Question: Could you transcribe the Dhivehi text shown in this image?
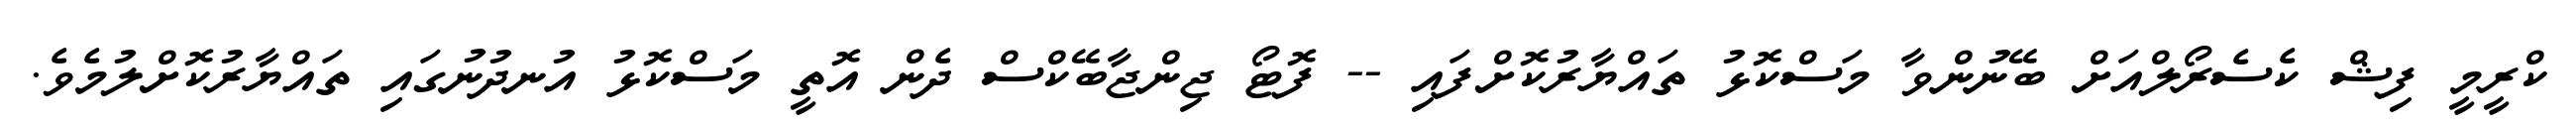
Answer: ކްރީމީ ފިޝް ކެސެރޯލްއަށް ބޭނުންވާ މަސްކޮޅު ތައްޔާރުކޮށްފައި -- ފޮޓޯ ޖިންޖާބޭކްސް ދެން އޮތީ މަސްކޮޅު އުނދުނުގައި ތައްޔާރުކޮށްލުމެވެ.